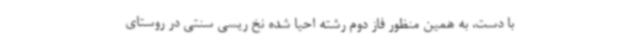
با دست، به همین منظور فاز دوم رشته احیا شده نخ ریسی سنتی در روستای